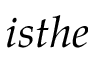
i s t h e